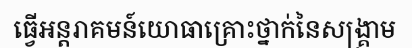
ធ្វើអន្តរាគមន៍យោធាគ្រោះថ្នាក់នៃសង្គ្រាម